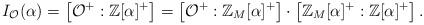
LaTeX: \begin{align*}I_{\mathcal{O}}(\alpha)=\left[ \mathcal{O}^{+}:\mathbb{Z}[\alpha]^{+}\right]=\left[ \mathcal{O}^{+}:\mathbb{Z}_{M}[\alpha]^{+}\right] \cdot\left[\mathbb{Z}_{M}[\alpha]^{+}:\mathbb{Z}[\alpha]^{+}\right] . \end{align*}